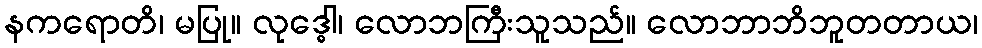
နကရောတိ၊ မပြု။ လုဒ္ဓေါ၊ လောဘကြီးသူသည်။ လောဘာဘိဘူတတာယ၊